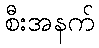
စီးအနက်